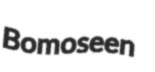
Bomoseen